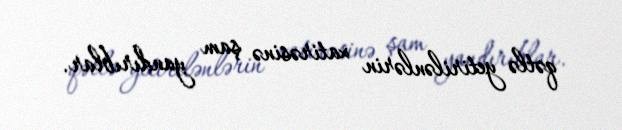
qətlə yetirilənlərin xatirəsinə şam yandırıblar.